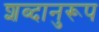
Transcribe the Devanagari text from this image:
शब्दानुरूप